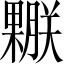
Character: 𣞅